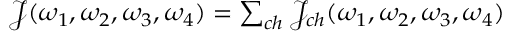
\begin{array} { r } { \mathcal { J } ( \omega _ { 1 } , \omega _ { 2 } , \omega _ { 3 } , \omega _ { 4 } ) = \sum _ { c h } \mathcal { J } _ { c h } ( \omega _ { 1 } , \omega _ { 2 } , \omega _ { 3 } , \omega _ { 4 } ) } \end{array}